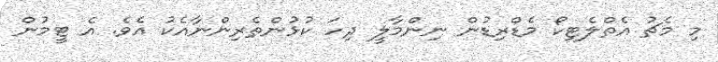
މި މެޗު އެތްލެޓިކޯ މެޑްރިޑުން ނިންމާލީ ދިހަ ކުޅުންތެރިންނާއެކު އެވެ. އެ ޓީމުން